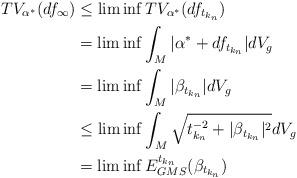
LaTeX: \begin{align*}TV_{\alpha^*} (df_{\infty}) & \leq \liminf TV_{\alpha^*} (df_{t_{k_n}}) \\& = \liminf \int_M |\alpha^* + df_{t_{k_n}}| dV_g \\ & = \liminf \int_M |\beta_{t_{k_n}}| dV_g \\ & \leq \liminf \int_M \sqrt{ t_{k_n}^{-2} + |\beta_{t_{k_n}}|^2} dV_g \\& = \liminf E^{t_{k_n}}_{GMS} (\beta_{t_{k_n}})\end{align*}